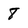
Character: 8